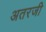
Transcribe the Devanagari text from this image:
अतरजी